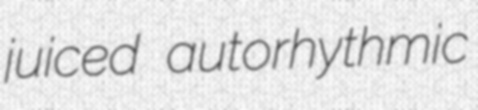
juiced autorhythmic